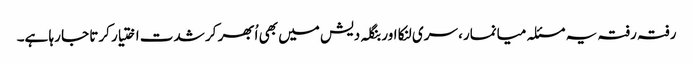
رفتہ رفتہ یہ مسئلہ میانمار، سری لنکا اور بنگلہ دیش میں بھی اُبھر کر شدت اختیار کرتا جا رہا ہے۔